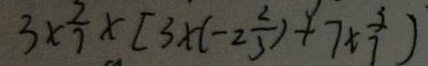
3 \times \frac { 3 } { 7 } \times [ 3 \times ( - 2 \frac { 2 } { 3 } ) + 7 \times \frac { 3 } { 7 } ]